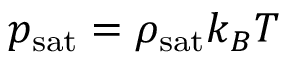
p _ { \mathrm { s a t } } = \rho _ { \mathrm { s a t } } k _ { B } T